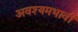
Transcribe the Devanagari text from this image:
अवश्यमभावी